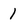
Character: 1